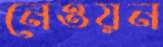
নেওয়ন